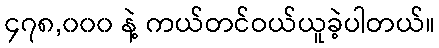
၄၇၈,၀၀၀ နဲ့ ကယ်တင်ဝယ်ယူခဲ့ပါတယ်။